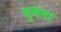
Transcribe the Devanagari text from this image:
युक्ला